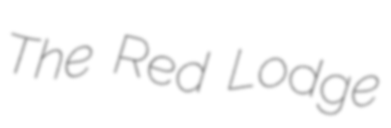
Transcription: The Red Lodge